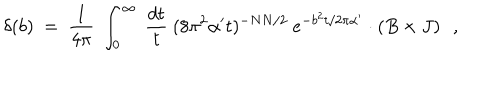
\delta ( b ) ~ = ~ \frac { 1 } { 4 \pi } ~ \int _ { 0 } ^ { \infty } ~ \frac { d t } { t } ~ ( 8 \pi ^ { 2 } \alpha ^ { \prime } t ) ^ { - N N / 2 } ~ e ^ { - b ^ { 2 } t / 2 \pi \alpha ^ { \prime } } \cdot \left( B \times J \right) ~ ~ ,